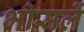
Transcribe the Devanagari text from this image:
भोसलें